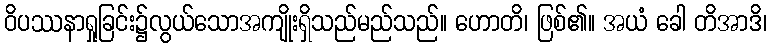
ဝိပဿနာရှုခြင်း၌လွယ်သောအကျိုးရှိသည်မည်သည်။ ဟောတိ၊ ဖြစ်၏။ အယံ ခေါ တိအာဒိ၊